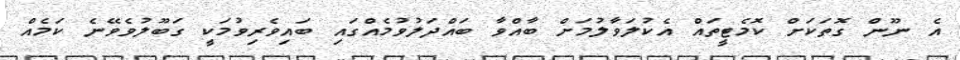
އެ ނޫން ގޮތަކަށް ކޮމެޓީތައް އެކުލަވާލުމަށް ބާއްވާ ބައްދަލުވުމެއްގައި ބައިވެރިވުމަކީ ގަބޫލުވެވޭނެ ކަމެއް